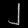
Digit: ၂